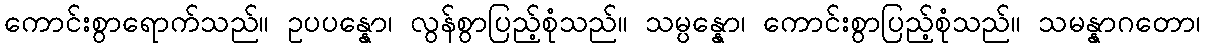
ကောင်းစွာရောက်သည်။ ဥပပန္နော၊ လွန်စွာပြည့်စုံသည်။ သမ္ပန္နော၊ ကောင်းစွာပြည့်စုံသည်။ သမန္နာဂတော၊